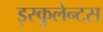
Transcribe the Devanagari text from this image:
इस्कुलेन्टस